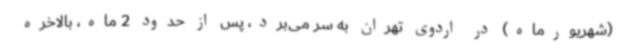
(شهریورماه) در اردوی تهران به سر می‌برد، پس از حدود 2 ماه، بالاخره